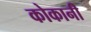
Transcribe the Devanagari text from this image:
कोकानी